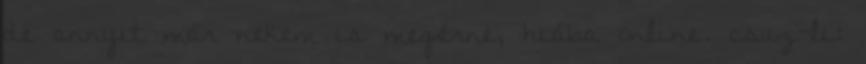
de annyit már nekem is megérne, hiába online. csuz-li: